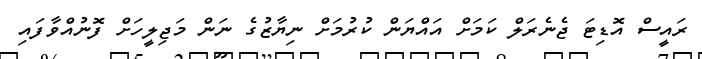
ރައީސް އޮޑިޓަ ޖެނެރަލް ކަމަށް އައްޔަން ކުރުމަށް ނިޔާޒުގެ ނަން މަޖިލީހަށް ފޮނުއްވާފައި